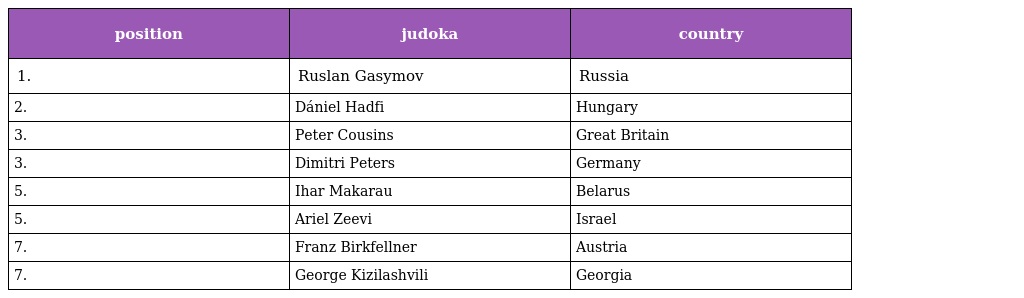
| position | judoka | country |
 | --- | --- | --- |
 | 1. | Ruslan Gasymov | Russia |
 | 2. | Dániel Hadfi | Hungary |
 | 3. | Peter Cousins | Great Britain |
 | 3. | Dimitri Peters | Germany |
 | 5. | Ihar Makarau | Belarus |
 | 5. | Ariel Zeevi | Israel |
 | 7. | Franz Birkfellner | Austria |
 | 7. | George Kizilashvili | Georgia |